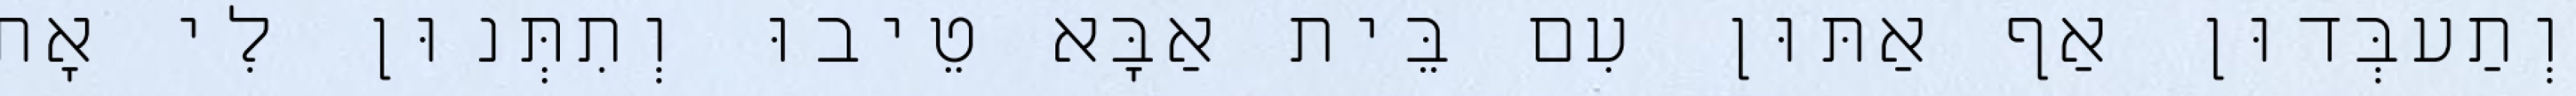
וְתַעבְּדוּן אַף אַתּוּן עִם בֵּית אַבָּא טֵיבוּ וְתִתְּנוּן לִי אָת